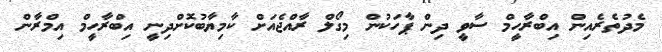
މެދުތެރެއިން އިބްރާހީމް ސާވީ ދިން ޕާހަކުން މިގޯލް ރާއްޖެއަށް ކާމިޔާބުކޮށްދިނީ އިބްރާހީމް އިމްރާން